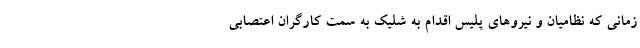
زمانی که نظامیان و نیروهای پلیس اقدام به شلیک به سمت کارگران اعتصابی